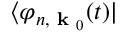
\langle \varphi _ { n , \textbf { k } _ { 0 } } ( t ) |